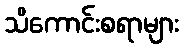
သိကောင်းစရာများ